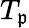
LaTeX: T_{\mathfrak{p}}